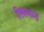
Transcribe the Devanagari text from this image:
तिसमानों